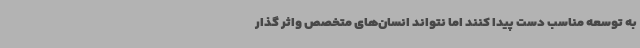
به توسعه مناسب دست پیدا کنند اما نتواند انسان‌های متخصص واثر گذار